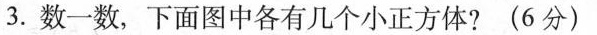
3.数一数，下面图中各有几个小正方体?(6分)